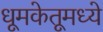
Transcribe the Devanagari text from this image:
धूमकेतूमध्ये